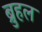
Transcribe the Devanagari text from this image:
ब्रुहल